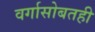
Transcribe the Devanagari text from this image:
वर्गासोबतही